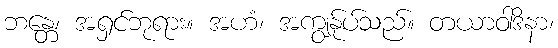
ဘန္တေ၊ အရှင်ဘုရား။ အဟံ၊ အကျွန်ုပ်သည်။ တယာဝါဒိနာ၊